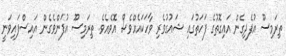
ތިރަމިސޫ އުފެދިގެން އައިގޮތުގެ ފަހަތުގައި ޝައުގުވެރި ވާހަކައެއްވެސް އޮވެއެވެ. ތިރަމިސޫ އުފަންވެގެން އައިސްފައިވަނީ